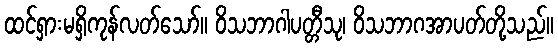
ထင်ရှားမရှိကုန်လတ်သော်။ ဝိသဘာဂါပတ္တီသု၊ ဝိသဘာဂအာပတ်တို့သည်။